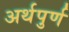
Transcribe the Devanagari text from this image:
अर्थपुर्ण